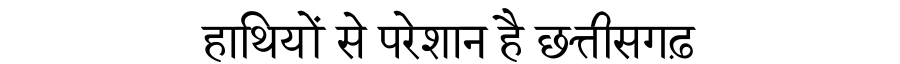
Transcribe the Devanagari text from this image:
हाथियों से परेशान है छत्तीसगढ़